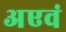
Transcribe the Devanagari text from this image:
अएवं